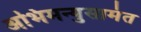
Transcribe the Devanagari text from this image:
अभिमन्युसामंत